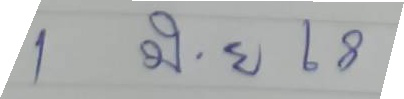
1 มิ.ย. 68